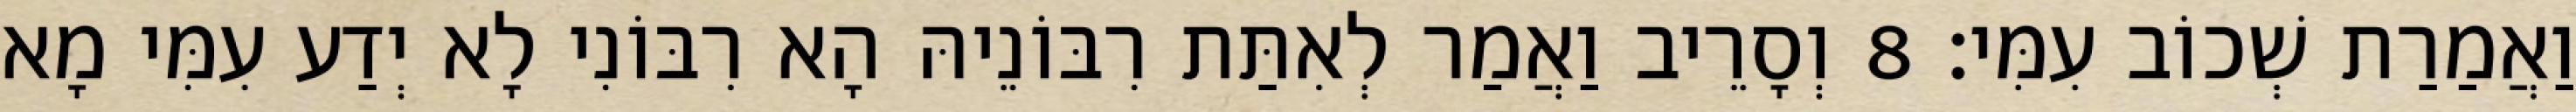
וַאֲמַרַת שְׁכוֹב עִמִּי׃ 8 וְסָרֵיב וַאֲמַר לְאִתַּת רִבּוֹנֵיהּ הָא רִבּוֹנִי לָא יְדַע עִמִּי מָא